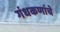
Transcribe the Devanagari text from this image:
गंधकणांचे